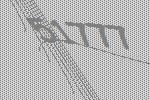
51777